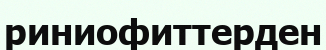
риниофиттерден